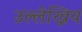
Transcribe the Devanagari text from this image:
उल्लेख्निय